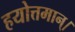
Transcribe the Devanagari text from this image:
हयोत्तमान्।